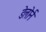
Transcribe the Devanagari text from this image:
डेलोर्न